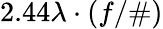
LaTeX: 2.44\lambda\cdot(f/\# )